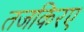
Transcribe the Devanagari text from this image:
तजकिरए